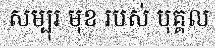
សម្បុរ មុខ របស់ បុគ្គល